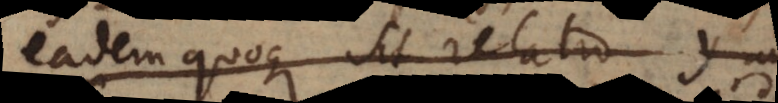
eadem quoque sit relatio y ad